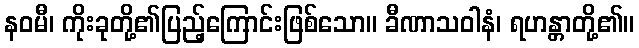
နဝမီ၊ ကိုးခုတို့၏ပြည့်ကြောင်းဖြစ်သော။ ခီဏာသဝါနံ၊ ရဟန္တာတို့၏။